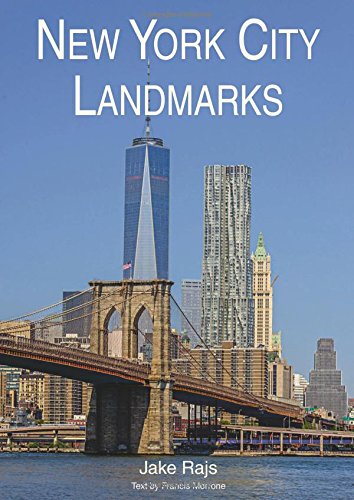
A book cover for New York City Landmarks; Francis Morrone; Arts & Photography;